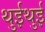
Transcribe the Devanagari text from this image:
थुईथुई